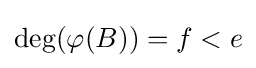
\deg(\varphi (B))=f<e